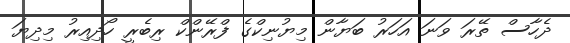
ދެހާސް ތޭރަ ވަނަ އަހަރު ބަޔާން މިޔުނިކްގެ ފްރޭންކް ރިބެރީ ހޯދިއިރު މިދިޔަ